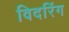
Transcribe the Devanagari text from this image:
विदरिंग